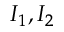
I _ { 1 } , I _ { 2 }